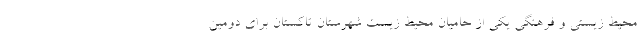
محیط زیستی و فرهنگی یکی از حامیان محیط زیست شهرستان تاکستان برای دومین